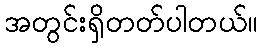
အတွင်းရှိတတ်ပါတယ်။